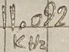
Text: 11.092KHz